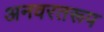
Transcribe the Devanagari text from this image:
अनवरतरूप